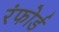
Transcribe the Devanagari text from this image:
रंफोर्ड